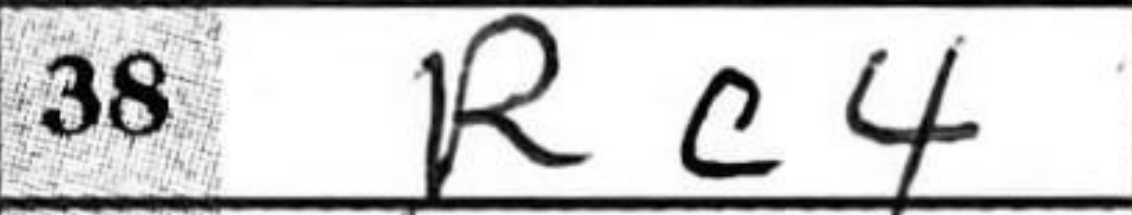
Transcription: Rc4